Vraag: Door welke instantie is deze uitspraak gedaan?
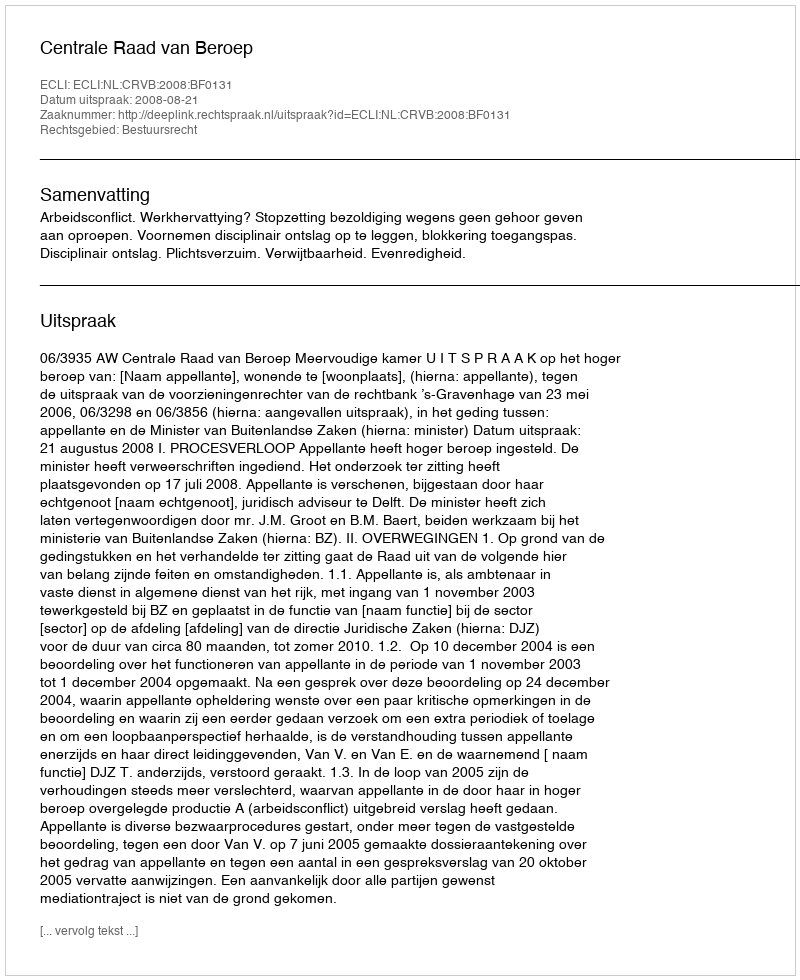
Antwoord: Centrale Raad van Beroep